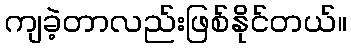
ကျခဲ့တာလည်းဖြစ်နိုင်တယ်။